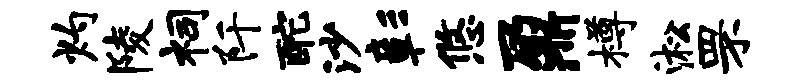
灼陵祠阡酡沙彰悠鼐樽淞罘